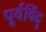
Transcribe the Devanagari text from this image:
पूर्वबिंदु